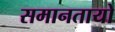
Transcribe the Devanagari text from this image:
समानतायो